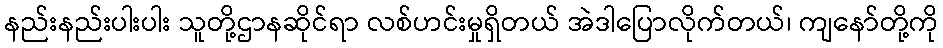
နည်းနည်းပါးပါး သူတို့ဌာနဆိုင်ရာ လစ်ဟင်းမှုရှိတယ် အဲဒါပြောလိုက်တယ်၊ ကျနော်တို့ကို